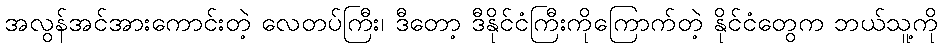
အလွန်အင်အားကောင်းတဲ့ လေတပ်ကြီး၊ ဒီတော့ ဒီနိုင်ငံကြီးကိုကြောက်တဲ့ နိုင်ငံတွေက ဘယ်သူ့ကို